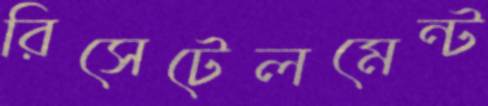
রিসেটেলমেন্ট